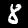
Digit: 8